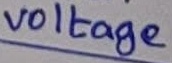
Text: voltage